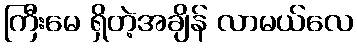
ကြီးမေ ရှိတဲ့အချိန် လာမယ်လေ